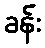
ခန်း